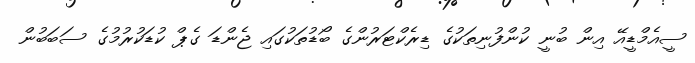
ސީއެމްޑީއޭ އިން ބުނީ ކުންފުނިތަކުގެ ޑިރެކްޓަރުންގެ ބޯޑުތަކުގައި ޖެންޑަ ގެޕް ކުޑަކުރުމުގެ ސަބަބުން